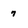
Character: 7